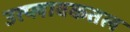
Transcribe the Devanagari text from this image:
उत्प्लावकतल